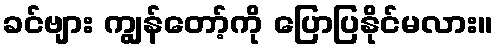
ခင်ဗျား ကျွန်တော့်ကို ပြောပြနိုင်မလား။